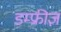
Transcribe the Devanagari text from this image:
डम्फ्रीज़